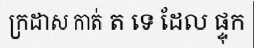
ក្រដាស កាត់ ត ទេ ដែល ផ្ទុក